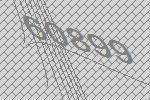
60899